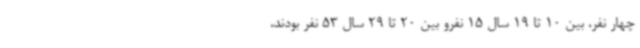
چهار نفر، بین 10 تا 19 سال 15 نفرو بین 20 تا 29 سال 53 نفر بودند،